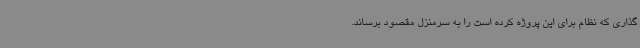
گذاری که نظام برای این پروژه کرده است را به سرمنزل مقصود برساند.